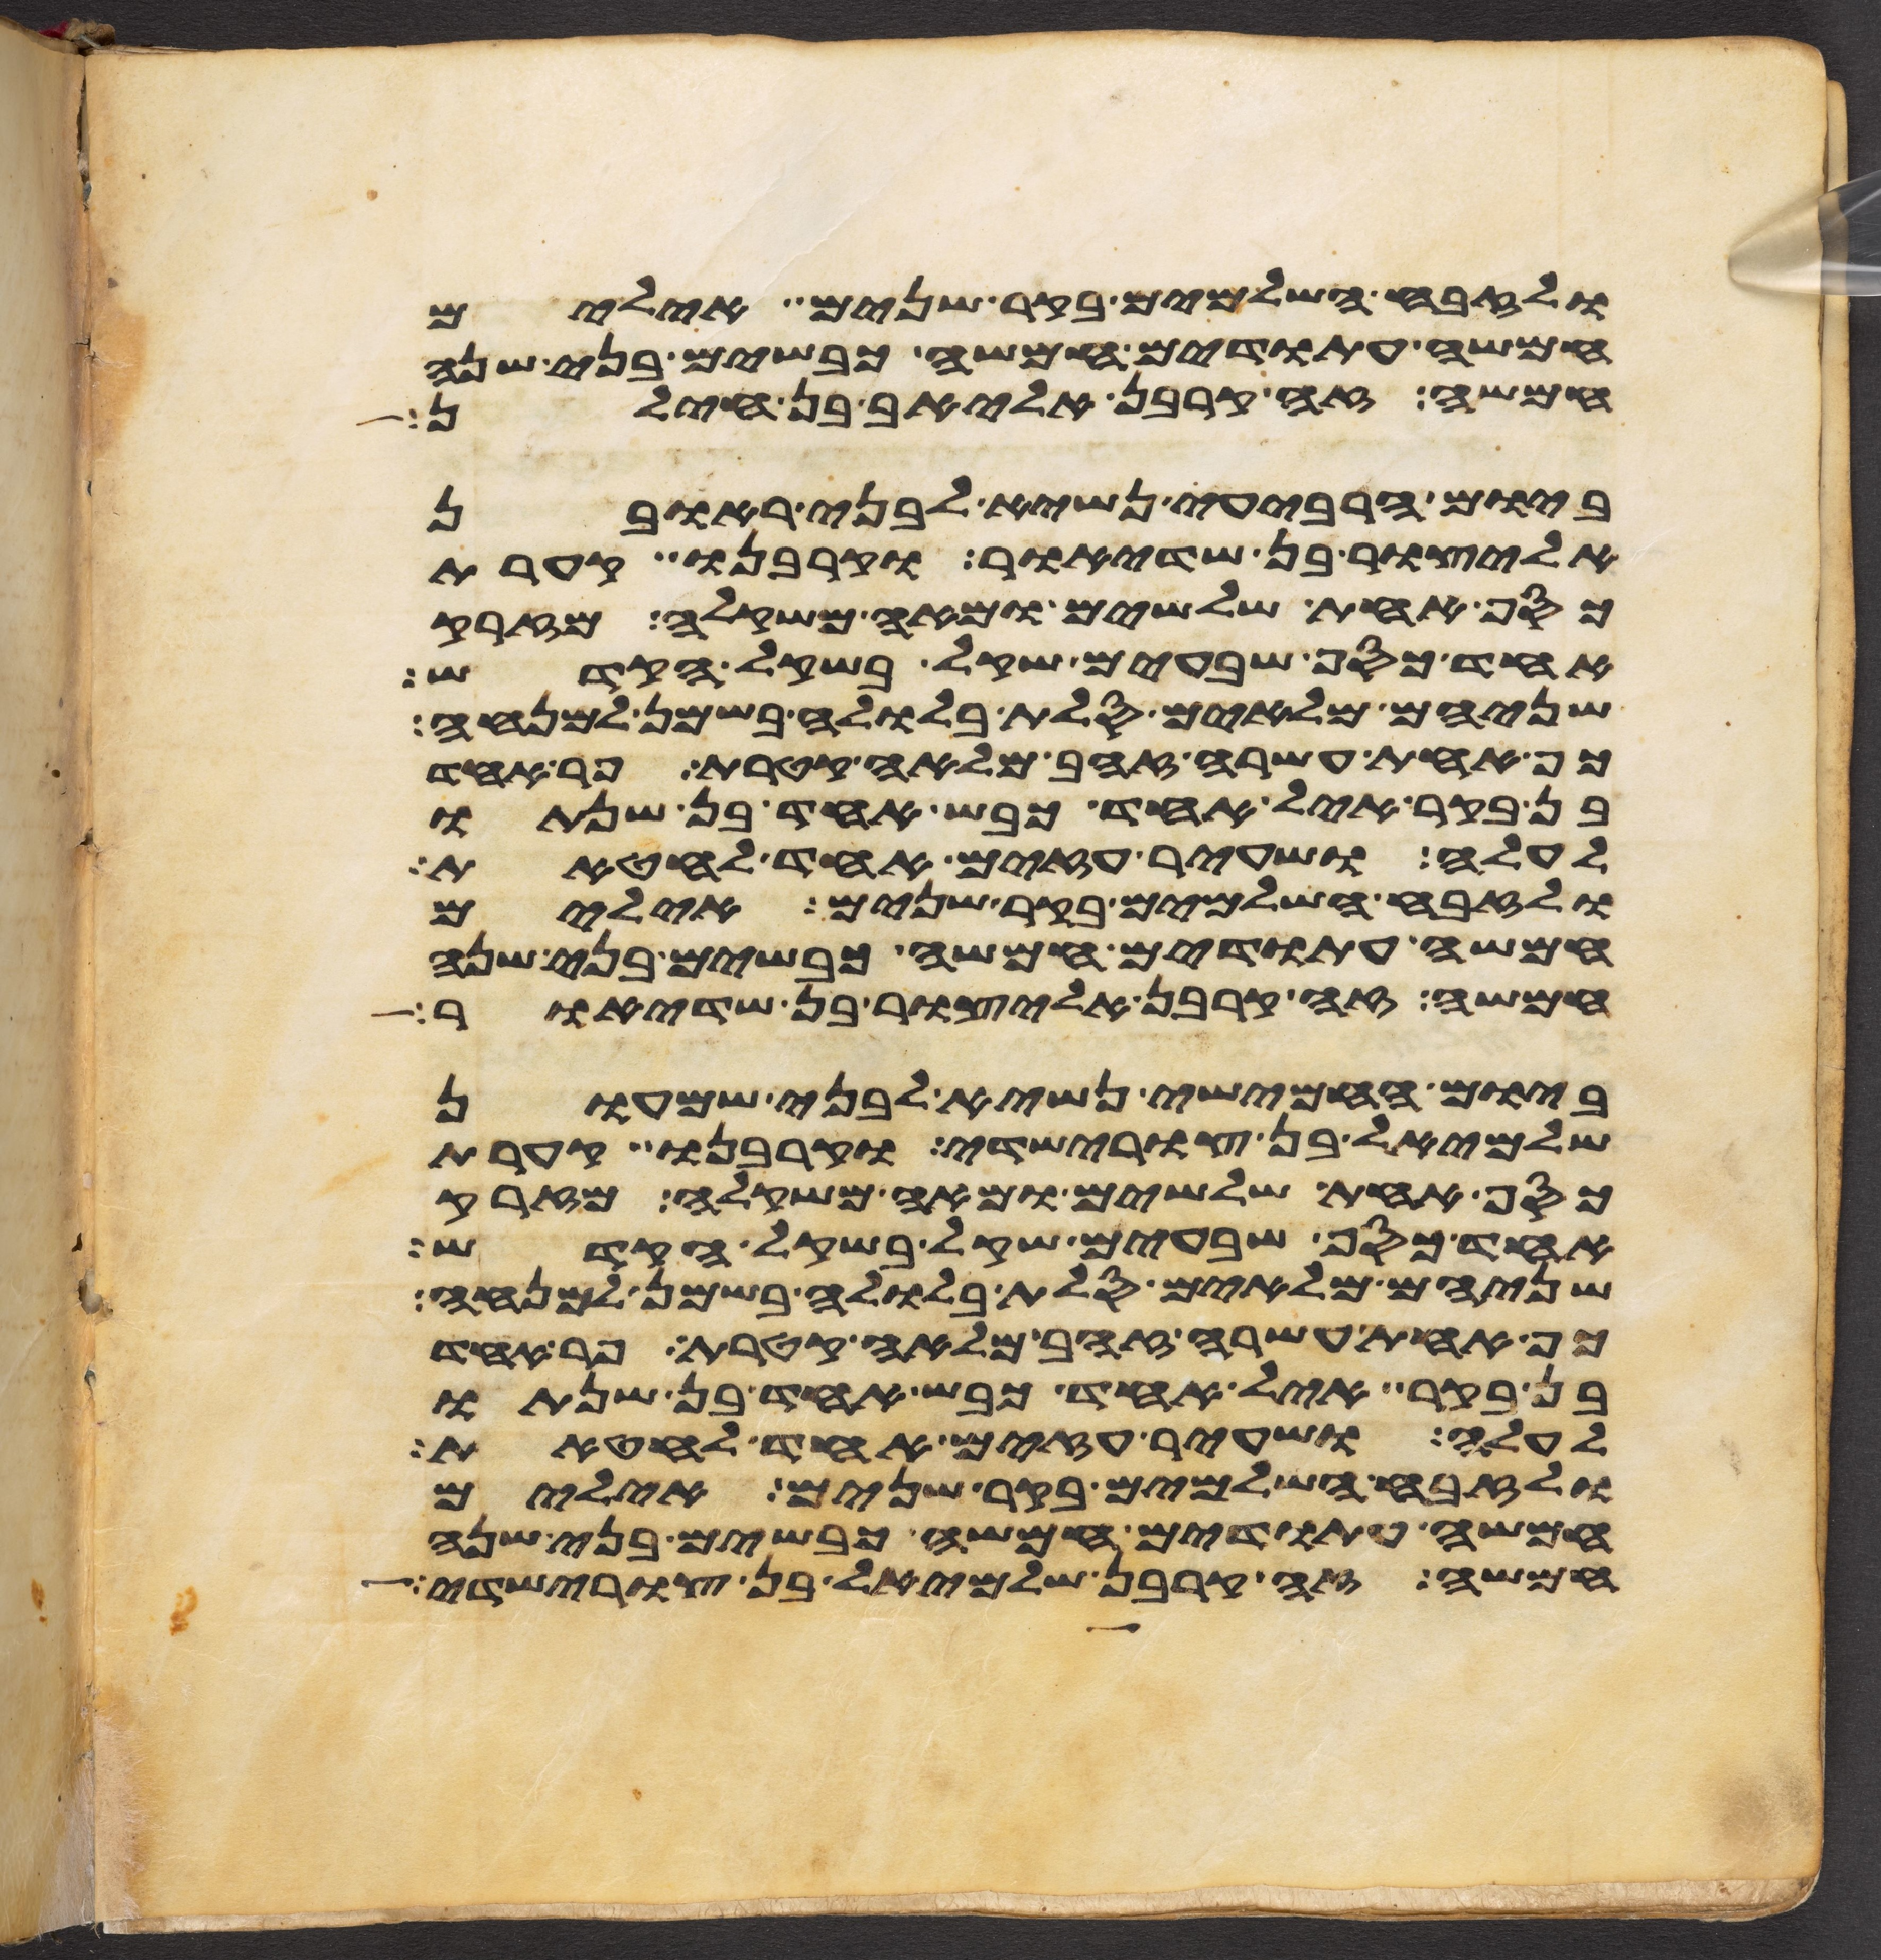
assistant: ולזבח השלמים בקר שנים אילים
חמשה עתודים חמשה כבשים בני שנה
חמשה זה קרבן אליאב בן חילן
ביום הרביעי נשיא לבני ראובן
אליצור בן שדיאור וקרבנו קערת
כסף אחת שלשים ומאה משקלה מזרק
אחד כסף שבעים שקל בשקל הקדש
שניהם מלאים סלת בלולה בשמן למנחה
כף אחת עשרה זהב מלאה קטרת פר אחד
בן בקר איל אחד כבש אחד בן שנתו
לעלה ושעיר עזים אחד לחטאת
ולזבח השלמים בקר שנים אילים
חמשה עתודים חמשה כבשים בני שנה
חמשה זה קרבן אליצור בן שדיאור
ביום החמישי נשיא לבני שמעון
שלמיאל בן צורישדי וקרבנו קערת
כסף אחת שלשים ומאה משקלה מזרק
אחד כסף שבעים שקל בשקל הקדש
שניהם מלאים סלת בלולה בשמן למנחה
כף אחת עשרה זהב מלאה קטרת פר אחד
בן בקר איל אחד כבש אחד בן שנתו
לעלה ושעיר עזים אחד לחטאת
ולזבח השלמים בקר שנים אילים
חמשה עתודים חמשה כבשים בני שנה
חמשה זה קרבן שלמיאל בן צורישדי